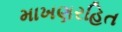
માખણરહિત